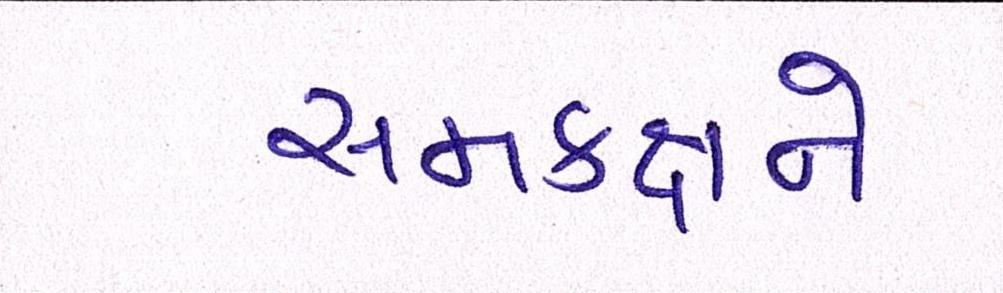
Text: સમકક્ષને